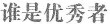
谁是优秀者